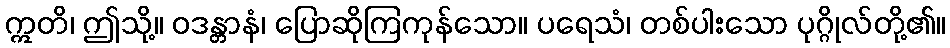
ဣတိ၊ ဤသို့။ ဝဒန္တာနံ၊ ပြောဆိုကြကုန်သော။ ပရေသံ၊ တစ်ပါးသော ပုဂ္ဂိုလ်တို့၏။